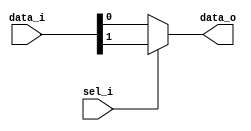
module bsg_mux_width_p1_els_p2
(
  data_i,
  sel_i,
  data_o
);

  input [1:0] data_i;
  input [0:0] sel_i;
  output [0:0] data_o;
  wire [0:0] data_o;
  wire N0,N1;
  assign data_o[0] = (N1)? data_i[0] : 
                     (N0)? data_i[1] : 1'b0;
  assign N0 = sel_i[0];
  assign N1 = ~sel_i[0];

endmodule